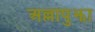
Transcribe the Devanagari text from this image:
अल्लापुझा